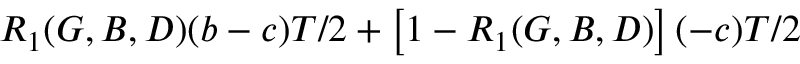
R _ { 1 } ( G , B , D ) ( b - c ) T / 2 + \left[ 1 - R _ { 1 } ( G , B , D ) \right] ( - c ) T / 2